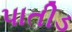
પાતીડ